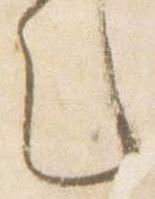
之